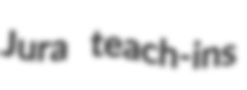
Jura teach-ins